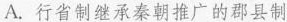
A. 行省制继承秦朝推广的郡县制